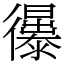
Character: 忁